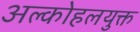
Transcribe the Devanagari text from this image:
अल्कोहलयुक्त